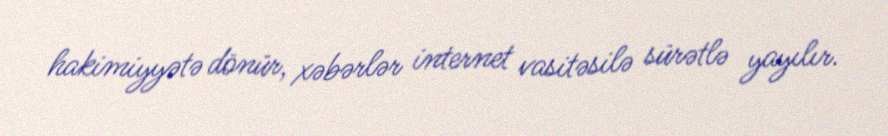
hakimiyyətə dönür, xəbərlər internet vasitəsilə sürətlə yayılır.